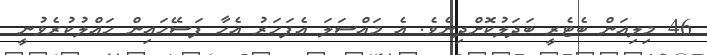
46 މިލިއަން ބެޓެރީ ބަދަލުކޮށްދިނެވެ. އެ މައްސަލަ އެފަހަރު އެހާ ފަސޭހައިން ހައްލުކުރެވުނީ